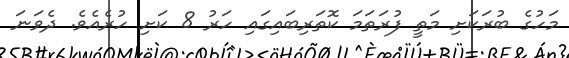
މަހުގެ ބުރަކަށި މަތީ ފުރަތަމަ ކޮތަރިބައިގައި ހަރު 8 ކަށި ހުރެއެވެ. ދެވަނަ